Riigikantselei, lk 39
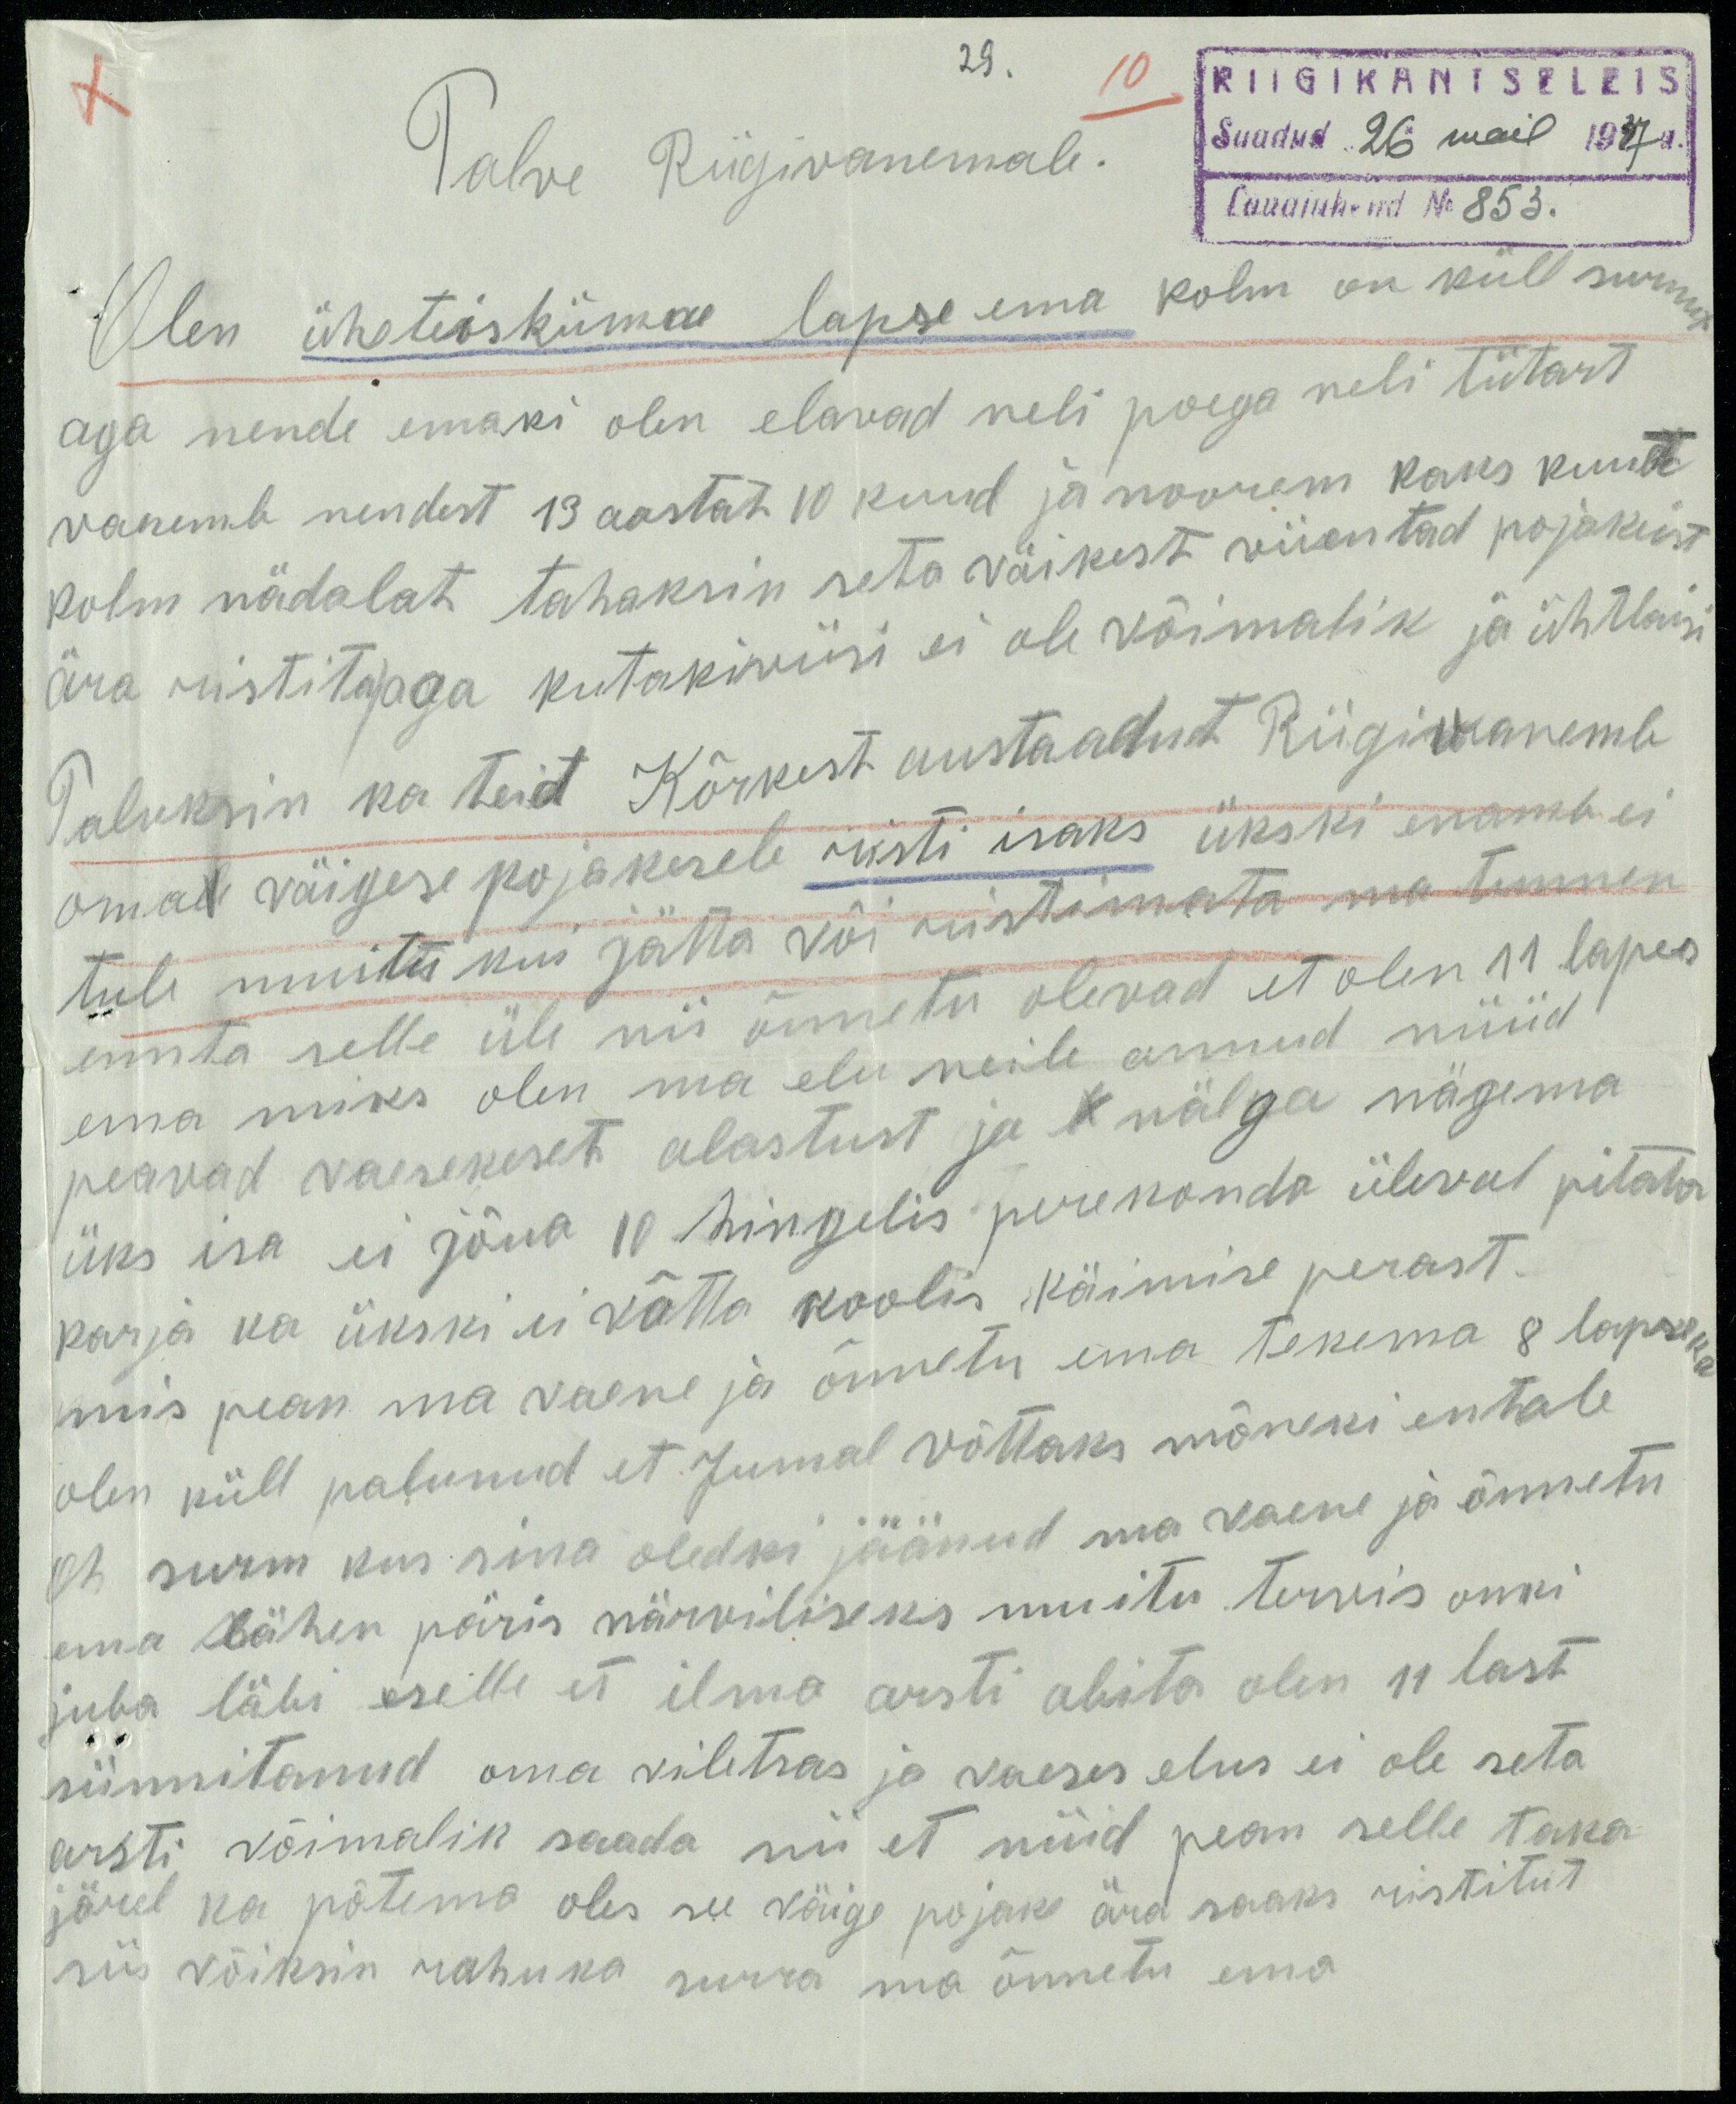
29.
Palve Riigivanemale.
Saadud 26 mail 1937 a.
Lauajuhend No 853.
Olen üheteiskümne lapse ema kolm on küll surnud
aga nende emaki olen elavad neli poega neli tütart
vanemb nendest 13 aastat 10 kuud ja noorem kaks kuud
kolm nädalat tahaksin seta väikest viientad pojakeist
ära riistita aga kutakiviisi ei ole võimalik ja ühtlasi
Paluksin ka teid Kõrkest austaadut Riigivanemb
oma väigese pojakesele risti isaks ükski enamb ei
tule muitu kui jätta või ristimata ma tunnen
ennta selle üle nii õnnetu olevad et olen 11 lapes
ema miks olen ma elu neile annud nüüd
peavad vaesekeset alastust ja nälga nägema
üks isa ei jõua 10 hingelis perekonda üleval pitata
karja ka ükski ei võtta koolis käimise perast.
mis pean ma vaene ja õnnetu ema tekema 8 lapseka
Oh surm kas sina oledki jäänud ma vaene ja õnnetu
olen küll palunud et Jumal võttaks mõneki entale
ema lähen päris närviliseks muitu terwis onki
juba läbi selle et ilma arsti abita olen 11 last
sünnitanud oma viletsas ja vaeses elus ei ole seta
arsti võimalik saada nii et nüüd pean selle taka
järel ka põtema oles see väige pojake ära saaks ristitut
siis võiksin rahuka surra ma õnnetu ema